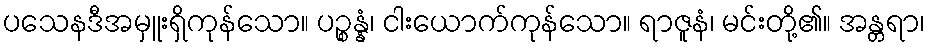
ပသေနဒီအမှူးရှိကုန်သော။ ပဉ္စန္နံ၊ ငါးယောက်ကုန်သော။ ရာဇူနံ၊ မင်းတို့၏။ အန္တရာ၊